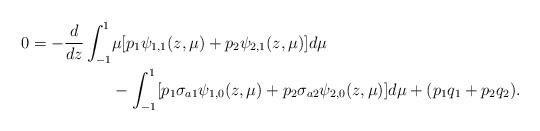
LaTeX: \begin{align*}0 = -\frac{d}{dz}\int_{-1}^1&\mu[p_1\psi_{1,1}(z,\mu)+p_2\psi_{2,1}(z,\mu)]d\mu\\& -\int_{-1}^1 [p_1\sigma_{a1}\psi_{1,0}(z,\mu)+p_2\sigma_{a2}\psi_{2,0}(z,\mu)]d\mu + (p_1q_1+p_2q_2).\end{align*}